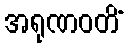
အရုဏဝတိံ